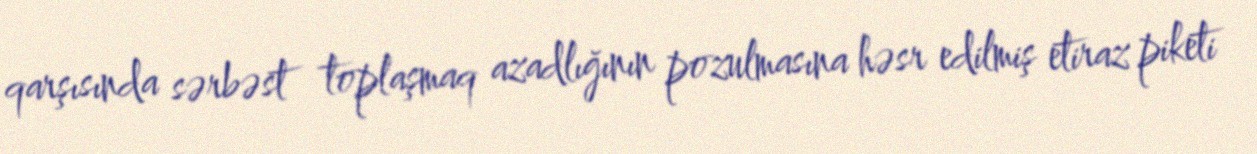
qarşısında sərbəst toplaşmaq azadlığının pozulmasına həsr edilmiş etiraz piketi